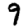
Digit: 9